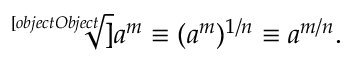
{ \sqrt [ [object Object] ] { a ^ { m } } } \equiv ( a ^ { m } ) ^ { 1 / n } \equiv a ^ { m / n } .